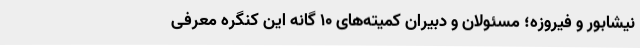
نیشابور و فیروزه؛ مسئولان و دبیران کمیته‌های 10 گانه این کنگره معرفی